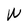
Character: W